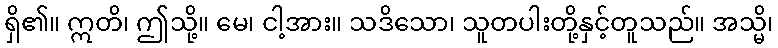
ရှိ၏။ ဣတိ၊ ဤသို့။ မေ၊ ငါ့အား။ သဒိသော၊ သူတပါးတို့နှင့်တူသည်။ အသ္မိ၊